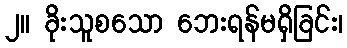
၂။ ခိုးသူစသော ဘေးရန်မရှိခြင်း၊